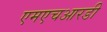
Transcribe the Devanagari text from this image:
एमएचआरडी